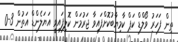
ތިން ފަހަރު ވޯލްޑް ކަޕް ކާމިޔާބުކޮށްފައިވާ ޖަރުމަން ކޮލިފައިވީ އަޔަލެންޑް އަތުން 3-0